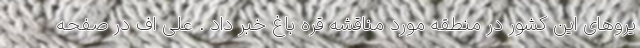
یروهای این کشور در منطقه مورد مناقشه قره باغ خبر داد . علی اف در صفحه